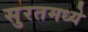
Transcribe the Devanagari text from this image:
सुरतमध्ये